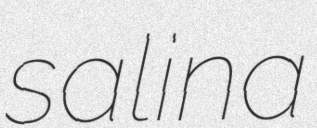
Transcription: salina